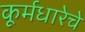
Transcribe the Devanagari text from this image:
कूर्मधारेचे